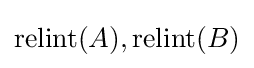
\mathrm {relint} (A),\mathrm {relint} (B)